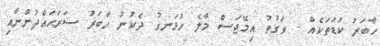
ހާބަރު ކަޑަތަކެއް - ވަގުތު އިމޭޖަސް މާލެ ހުޅަނގު ދެކުނު ހާބަރު ސަރަޙައްދުންނާއި